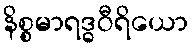
နိစ္စမာရဒ္ဓဝီရိယော